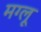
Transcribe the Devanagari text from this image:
मग्लू